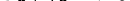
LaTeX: \smash{\upsilon_{\mathbf{k}},\gamma_{\mathbf{k}}\to0}